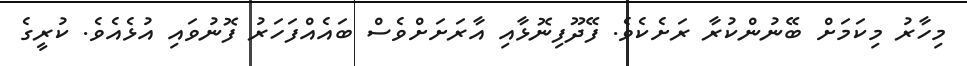
މިހާރު މިކަމަށް ބޭނުންކުރާ ރަށެކެވެ. ފޭދޫފިނޮޅާއި އާރަށަށްވެސް ބައެއްފަހަރު ފޮނުވައި އުޅެއެވެ. ކުރީގެ